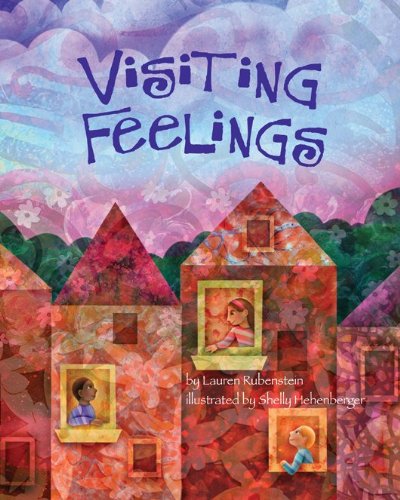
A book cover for Visiting Feelings; Lauren Rubenstein; Medical Books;